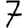
Digit: 7